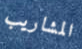
المشاريب